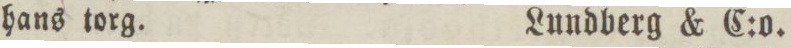
hans torg.    Lundberg & C:o.